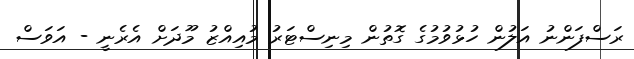
ރަސްފަންނު އަލުން ހުޅުވުމުގެ ގޮތުން މިނިސްޓަރު މުއިއްޒު މޫދަށް އެރެނީ - އަވަސް